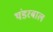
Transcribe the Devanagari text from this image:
थंडरबाल